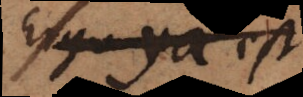
Ergo ya est